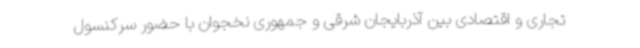
تجاری و اقتصادی بین آذربایجان شرقی و جمهوری نخجوان با حضور سرکنسول